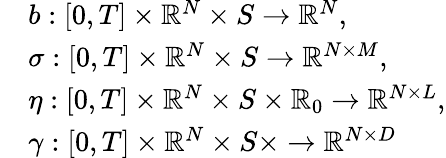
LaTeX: \begin{array}{rl}&{b:[0,T]\times\mathbb{R}^{N}\times S\rightarrow\mathbb{R}^{N},}\\ &{\sigma:[0,T]\times\mathbb{R}^{N}\times S\rightarrow\mathbb{R}^{N\times M},}\\ &{\eta:[0,T]\times\mathbb{R}^{N}\times S\times\mathbb{R}_{0}\rightarrow\mathbb{R}^{N\times L},}\\ &{\gamma:[0,T]\times\mathbb{R}^{N}\times S\times\rightarrow\mathbb{R}^{N\times D}}\end{array}